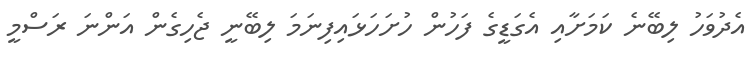
އެދުވަހު ލިބޭނެ ކަމަށާއި އެގަޑީގެ ފަހުން ހުށަހަޅައިފިނަމަ ލިބޭނީ ޖެހިގެން އަންނަ ރަސްމީ